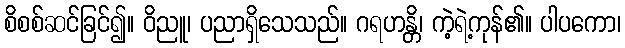
စိစစ်ဆင်ခြင်၍။ ဝိညူ၊ ပညာရှိသေသည်။ ဂရဟန္တိ၊ ကဲ့ရဲ့ကုန်၏။ ပါပကော၊